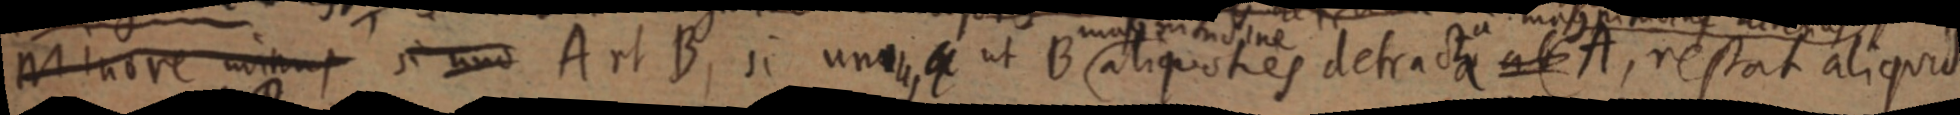
Minore minus se uno A et B, si unus ut B aliquoties detracta ab A, restat aliquid